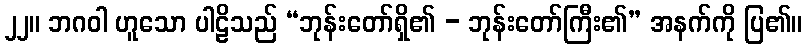
၂၂။ ဘဂဝါ ဟူသော ပါဠိသည် “ဘုန်းတော်ရှိ၏ - ဘုန်းတော်ကြီး၏” အနက်ကို ပြ၏။